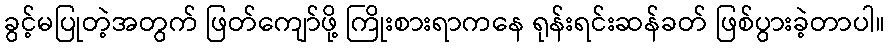
ခွင့်မပြုတဲ့အတွက် ဖြတ်ကျော်ဖို့ ကြိုးစားရာကနေ ရုန်းရင်းဆန်ခတ် ဖြစ်ပွားခဲ့တာပါ။